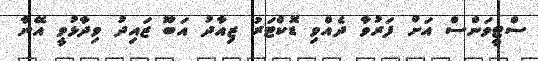
ސްޓީވަންސް އަށް ފަރުވާ ދެއްވި ޑޮކްޓަރު ޒިއާދު އަބޫ ޒައިދު ވިދާޅުވީ އޭނާ